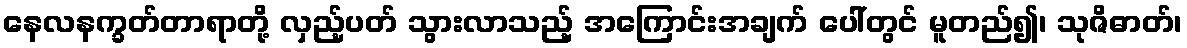
နေလနက္ခတ်တာရာတို့ လှည့်ပတ် သွားလာသည့် အကြောင်းအချက် ပေါ်တွင် မူတည်၍၊ သုဇိဓာတ်၊